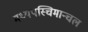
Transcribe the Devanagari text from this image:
मध्यपस्चिमान्चल